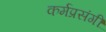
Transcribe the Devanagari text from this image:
कर्मप्रसंगीं